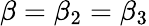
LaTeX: \beta=\beta_{2}=\beta_{3}